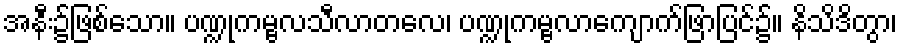
အနီး၌ဖြစ်သော။ ပဏ္ဍုကမ္ဗလသီလာတလေ၊ ပဏ္ဍုကမ္ဗလာကျောက်ဖြာပြင်၌။ နိသိဒိတွာ၊